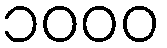
၁၀၀၀